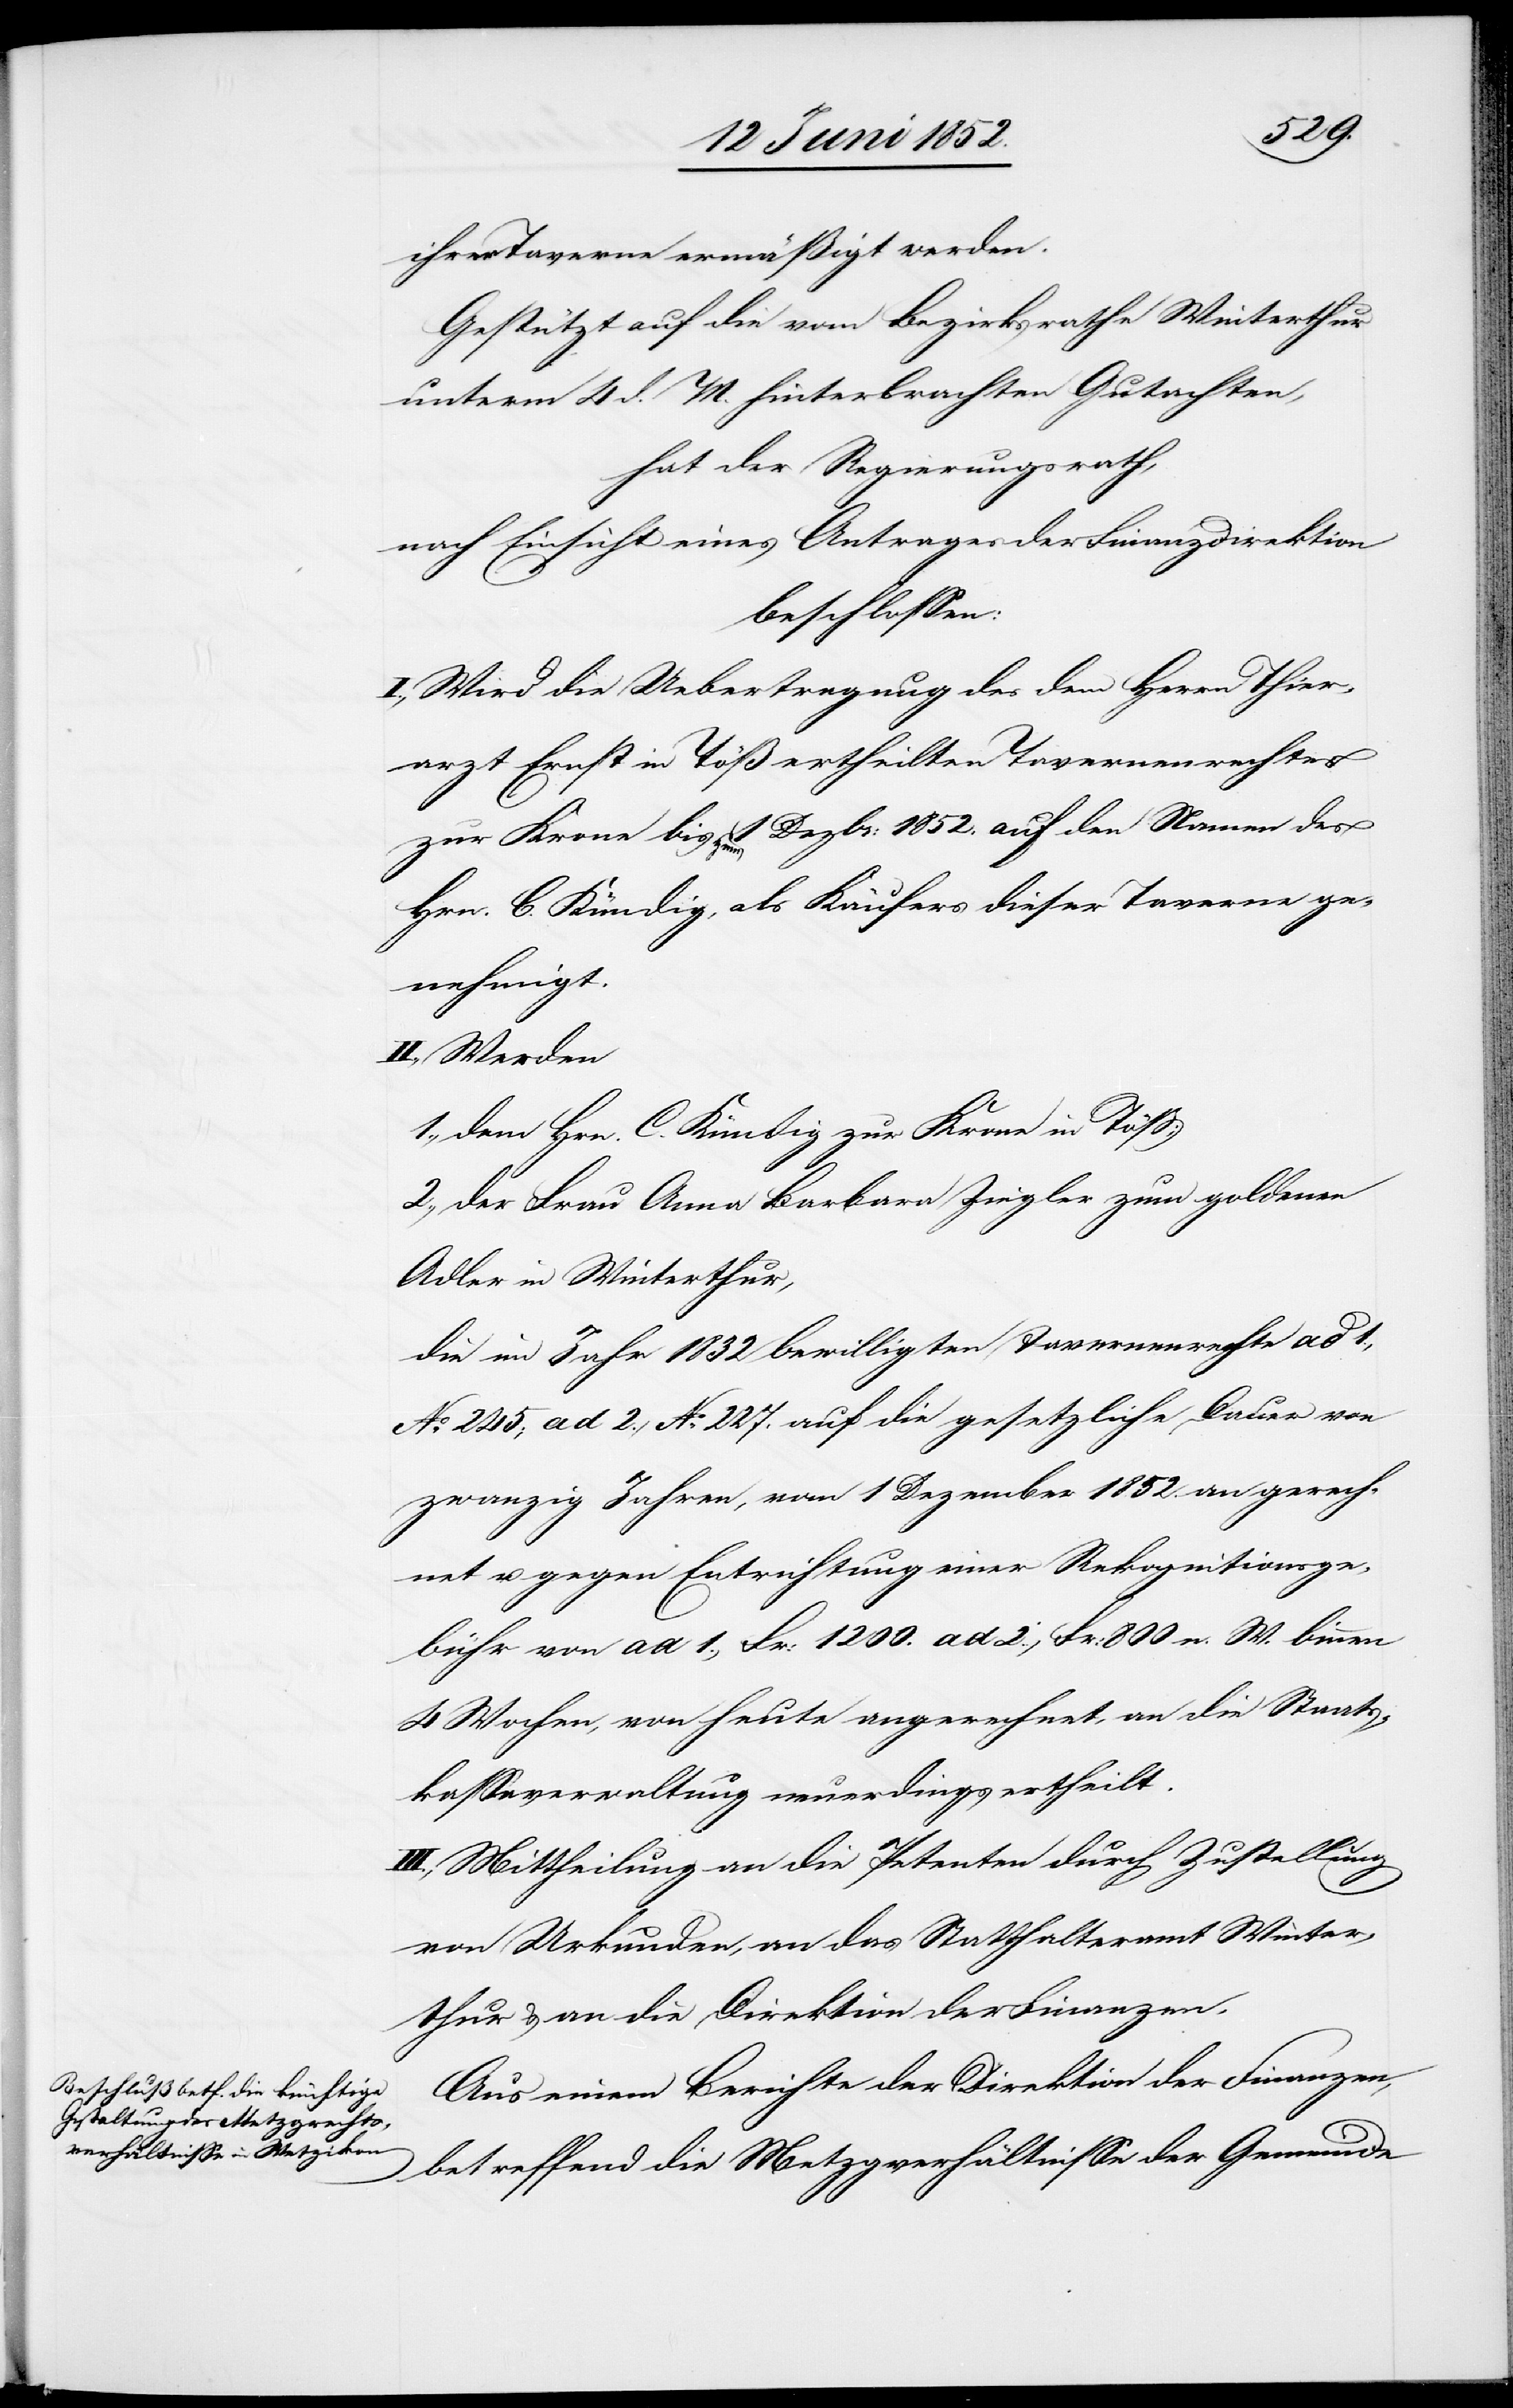
ihrer Taverne ermäßigt werden.
Gestützt auf die vom Bezirksrathe Winterthur
unterm 4 d. M. hinterbrachten Gutachten,
hat der Regierungsrath,
nach Einsicht eines Antrages der Finanzdirektion
beschlossen:
I., Wird die Uebertragung des dem Herrn Thier¬
arzt Ernst in Töß ertheilten Tavernenrechtes
zur Krone bis zum 1 Dezbr: 1852. auf den Namen des
Hrn. C. Kündig, als Käufers dieser Taverne ge¬
nehmigt.
II., Werden
1., dem Hrn. C. Kündig zur Krone in Töß;
2., der Frau Anna Barbara Ziegler zum goldenen
Adler in Winterthur,
die im Jahr 1832 bewilligten Tavernenrechte ad 1.,
No. 245; ad 2., No. 227. auf die gesetzliche Dauer von
zwanzig Jahren, vom 1 Dezember 1852. an gerech¬
net u. gegen Entrichtung einer Rekognitionsge¬
bühr von ad 1., Fr: 1200. ad 2., Fr: 800 n. W. binnen
4 Wochen, von heute angerechnet, an die Staats¬
kassaverwaltung neuerdings ertheilt.
III., Mittheilung an die Petenten durch Zustellung
von Urkunden, an das Statthalteramt Winter¬
thur & an die Direktion der Finanzen.
Aus einem Berichte der Direktion der Finanzen,
betreffend die Metzgverhältnisse der Gemeinde